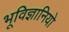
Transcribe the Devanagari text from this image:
भूविज्ञानियो